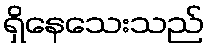
ရှိနေသေးသည်